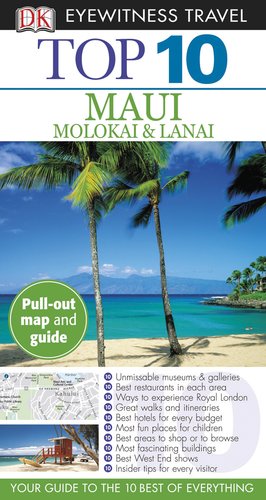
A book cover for Top 10 Maui, Molokai & Lanai (Eyewitness Top 10 Travel Guide); Bonnie Friedman; Travel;